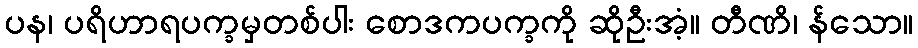
ပန၊ ပရိဟာရပက္ခမှတစ်ပါး စောဒကပက္ခကို ဆိုဦးအံ့။ တီဏိ၊ န်သော။